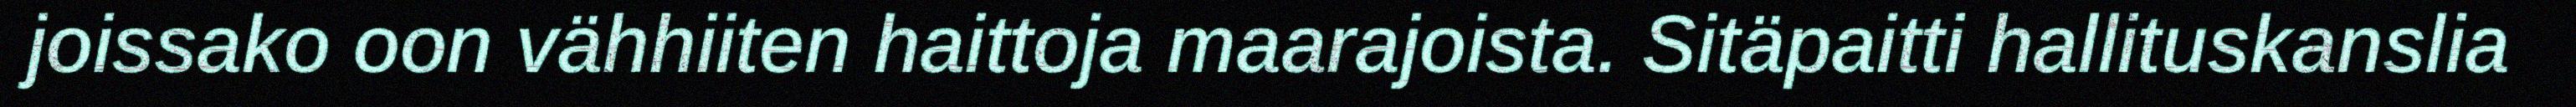
joissako oon vähhiiten haittoja maarajoista. Sitäpaitti hallituskanslia